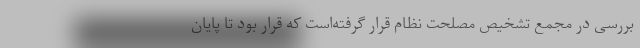
بررسی در مجمع تشخیص مصلحت نظام قرار گرفته‌است که قرار بود تا پایان